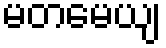
မတမေယျ